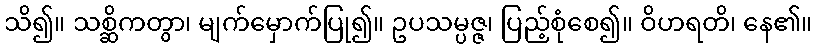
သိ၍။ သစ္ဆိကတွာ၊ မျက်မှောက်ပြု၍။ ဥပသမ္ပဇ္ဇ၊ ပြည့်စုံစေ၍။ ဝိဟရတိ၊ နေ၏။